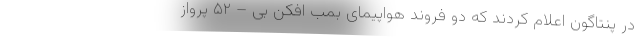
در پنتاگون اعلام کردند که دو فروند هواپیمای بمب افکن بی – ۵۲ پرواز